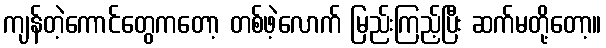
ကျန်တဲ့ကောင်တွေကတော့ တစ်ဖဲ့လောက် မြည်းကြည့်ပြီး ဆက်မတို့တော့။